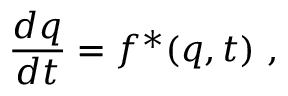
\frac { d q } { d t } = f ^ { * } ( q , t ) \mathrm { ~ , ~ }